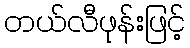
တယ်လီဖုန်းဖြင့်